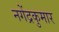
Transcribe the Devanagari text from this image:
नगेंद्रकुमार